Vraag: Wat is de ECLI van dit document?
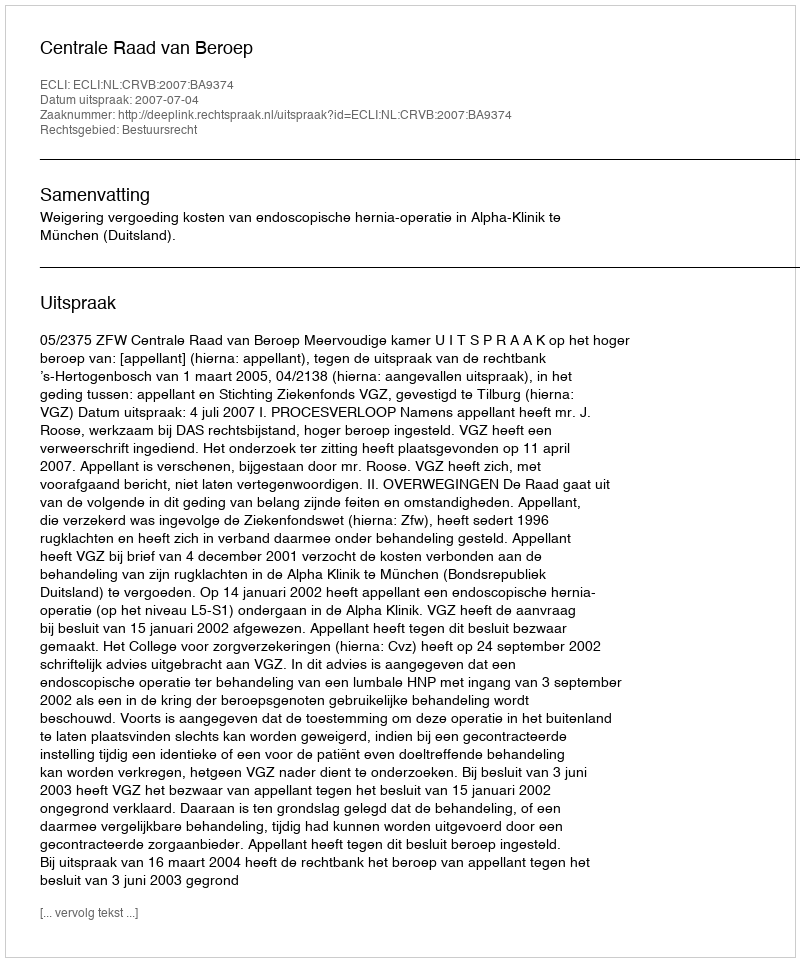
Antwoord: ECLI:NL:CRVB:2007:BA9374